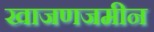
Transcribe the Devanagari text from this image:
खाजणजमीन